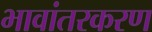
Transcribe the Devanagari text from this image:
भावांतरकरण